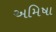
અમિષા